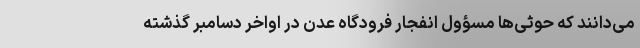
می‌دانند که حوثی‌ها مسؤول انفجار فرودگاه عدن در اواخر دسامبر گذشته